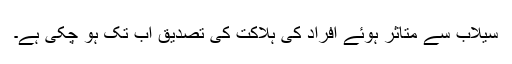
سیلاب سے متاثر ہوئے افراد کی ہلاکت کی تصدیق اب تک ہو چکی ہے۔